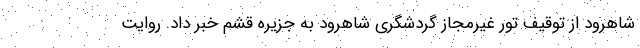
شاهرود از توقیف تور غیرمجاز گردشگری شاهرود به جزیره قشم خبر داد. روایت